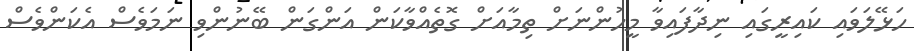
ހަޅޭލަވައި ކައިރީގައި ނިދާފައިވާ މީހުންނަށް ތިމާއަށް ގޮތެއްވާކަން އަންގަން ބޭނުންވި ނަމަވެސް އެކަންވެސް